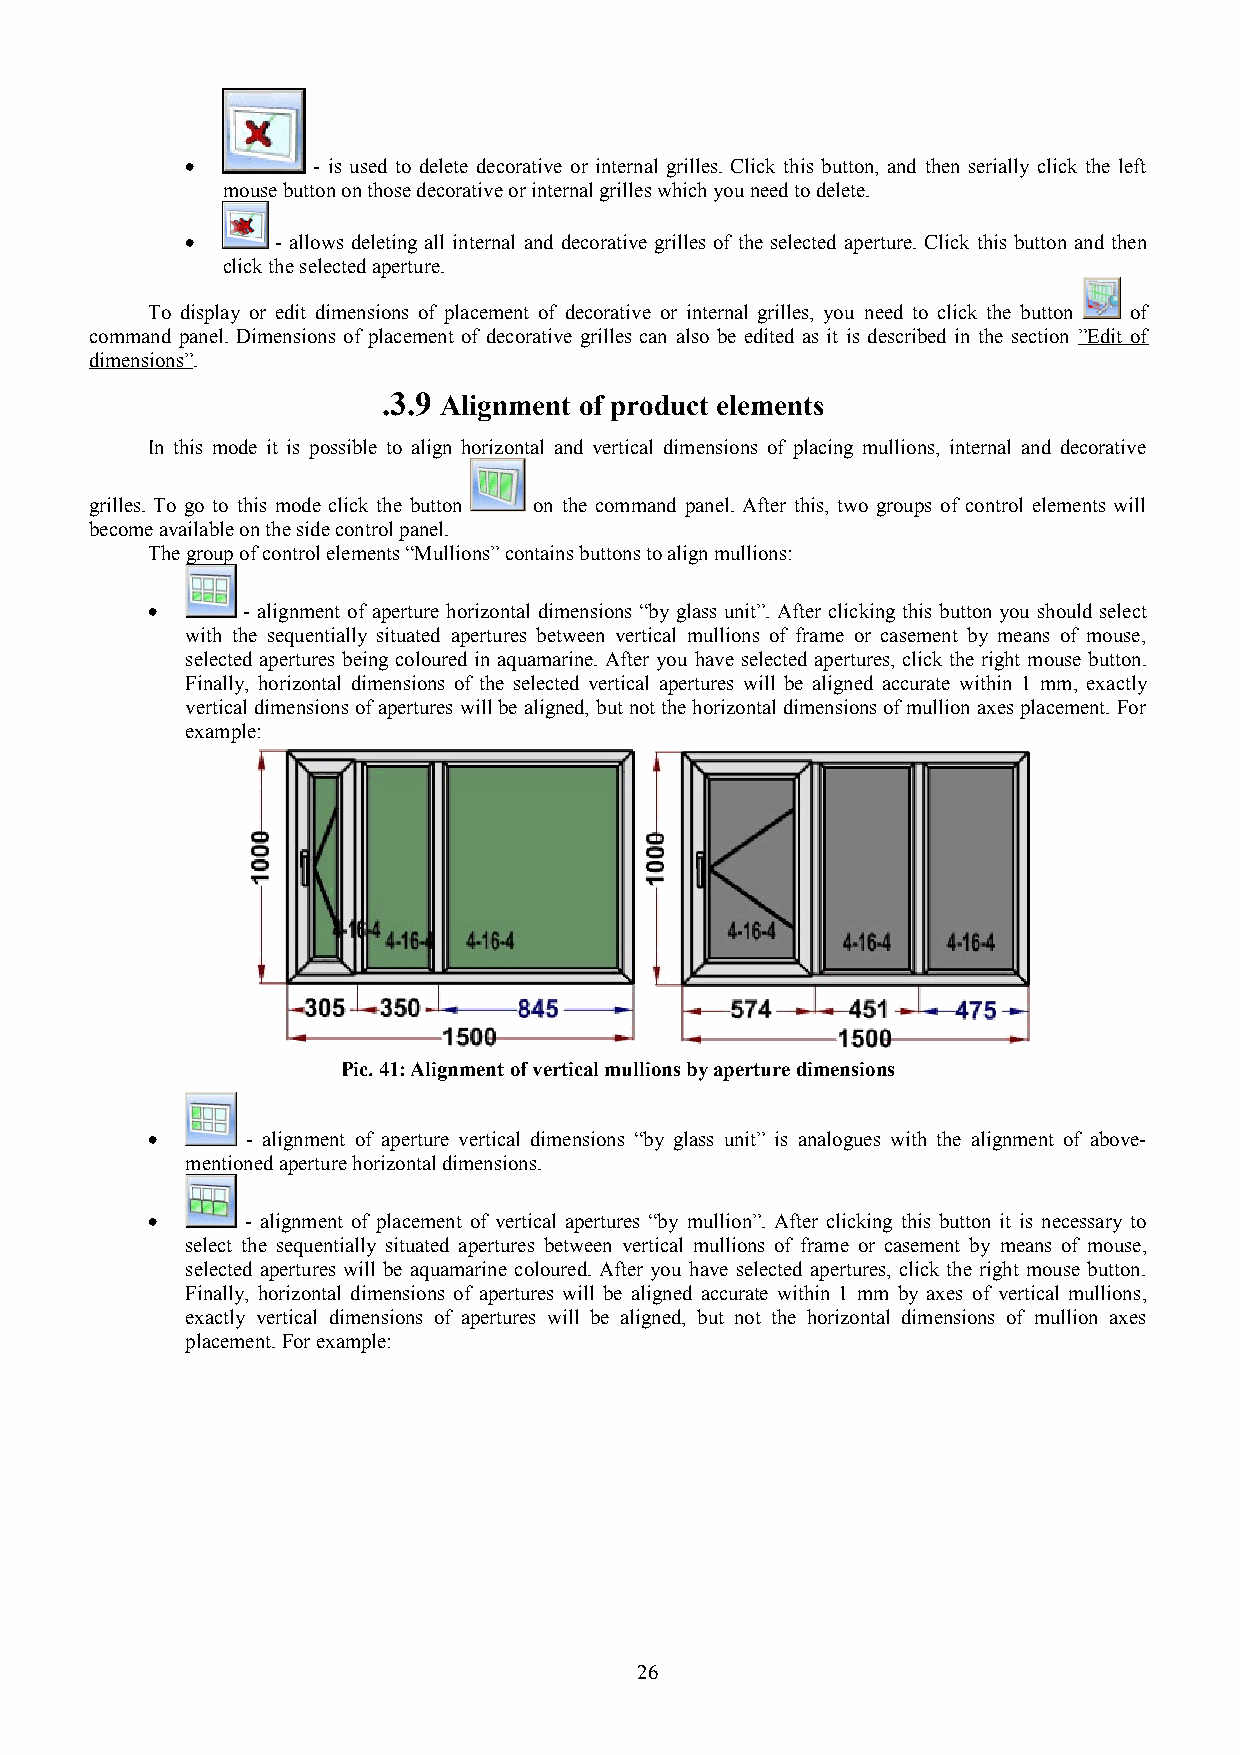
•        - is used to delete decorative or internal grilles. Click this button, and then serially click the left
 mouse button on those decorative or internal grilles which you need to delete.
 •     - allows deleting all internal and decorative grilles of the selected aperture. Click this button and then
 click the selected aperture.
 To display or edit dimensions of placement of decorative or internal grilles, you need to click the button of
 command panel. Dimensions of placement of decorative grilles can also be edited as it is described in the section ”Edit of
 dimensions”.
 .3.9 Alignment of product elements
 In this mode it is possible to align horizontal and vertical dimensions of placing mullions, internal and decorative
 grilles. To go to this mode click the button on the command panel. After this, two groups of control elements will
 become available on the side control panel.
 The group of control elements “Mullions” contains buttons to align mullions:
 •     - alignment of aperture horizontal dimensions “by glass unit”. After clicking this button you should select
 with the sequentially situated apertures between vertical mullions of frame or casement by means of mouse,
 selected apertures being coloured in aquamarine. After you have selected apertures, click the right mouse button.
 Finally, horizontal dimensions of the selected vertical apertures will be aligned accurate within 1 mm, exactly
 vertical dimensions of apertures will be aligned, but not the horizontal dimensions of mullion axes placement. For
 example:
 Pic. 41: Alignment of vertical mullions by aperture dimensions
 •     - alignment of aperture vertical dimensions “by glass unit” is analogues with the alignment of above-
 mentioned aperture horizontal dimensions.
 •     - alignment of placement of vertical apertures “by mullion”. After clicking this button it is necessary to
 select the sequentially situated apertures between vertical mullions of frame or casement by means of mouse,
 selected apertures will be aquamarine coloured. After you have selected apertures, click the right mouse button.
 Finally, horizontal dimensions of apertures will be aligned accurate within 1 mm by axes of vertical mullions,
 exactly vertical dimensions of apertures will be aligned, but not the horizontal dimensions of mullion axes
 placement. For example:
 26